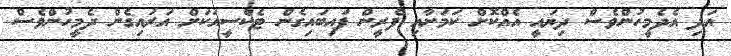
އަދި އެދެމީހުންވެސް ދިޔައީ އެއްކޮށް ކަމަށާއި ފެރީން ފައިބައިގެން ޓެކްސީއަކަށް އަރައިގެން ދެމީހުންވެސް